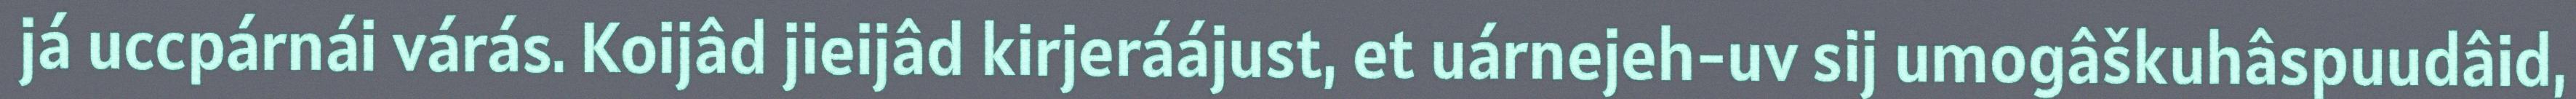
já uccpárnái várás. Koijâd jieijâd kirjeráájust, et uárnejeh-uv sij umogâškuhâspuudâid,